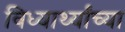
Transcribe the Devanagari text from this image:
विध्यार्थ्यांच्या